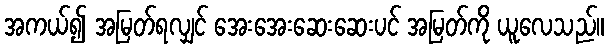
အကယ်၍ အမြတ်ရလျှင် အေးအေးဆေးဆေးပင် အမြတ်ကို ယူလေသည်။